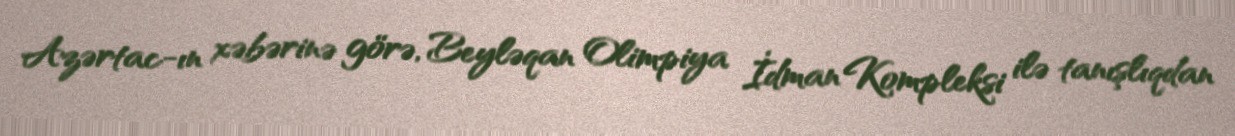
Azərtac-ın xəbərinə görə, Beyləqan Olimpiya İdman Kompleksi ilə tanışlıqdan